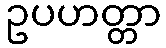
ဥပဟတ္တာ